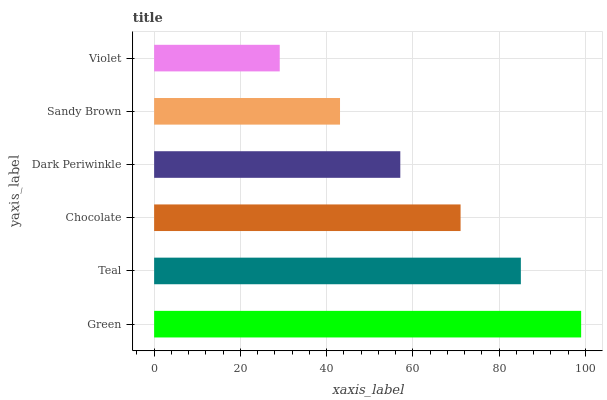
| yaxis_label | bars |
 | --- | --- |
 | Green | 99 |
 | Teal | 85 |
 | Chocolate | 71 |
 | Dark Periwinkle | 57.1 |
 | Sandy Brown | 43.1 |
 | Violet | 29.1 |